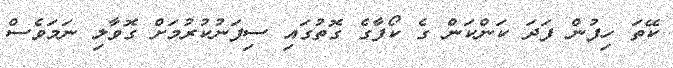
ކޭތަ ހިފުން ފަދަ ކަންކަން ގެ ކޯފާގެ ގޮތުގައި ސިފަނުކުރުމަށް ގޮވާލި ނަމަވެސް